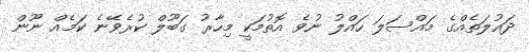
ދައުލަތެއްގެ މައްސަލަ ހައްލު ނުވެ އޮތުމަކީ މިހާރު ގަބޫލް ކުރެވޭނެ ކަމެއް ނޫން